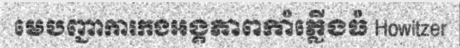
មេបញ្ជាការកងអង្គភាពកាំភ្លើងធំ Howitzer